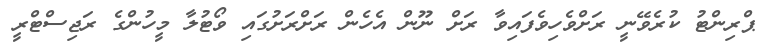
ޕްރިންޓު ކުރެވޭނީ ރަށްވެހިވެފައިވާ ރަށް ނޫން އެހެން ރަށްރަށުގައި ވޯޓުލާ މީހުންގެ ރަޖިސްޓްރީ